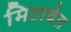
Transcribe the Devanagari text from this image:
मिटावेत